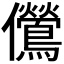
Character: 𫤔